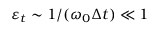
\varepsilon _ { t } \sim 1 / ( \omega _ { 0 } \Delta t ) \ll 1